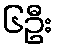
၆ဦး